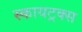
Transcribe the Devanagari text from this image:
स्कायट्रक्स